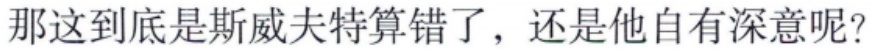
那这到底是斯威夫特算错了，还是他自有深意呢？